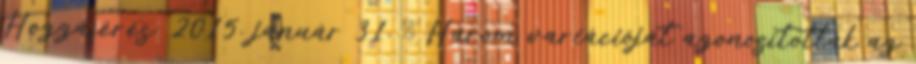
Hozzáférés: 2015. január 31. ↑ Három variációját azonosították az